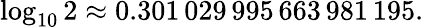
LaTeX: \log_{10}2\approx 0.301\, 029\, 995\, 663\, 981\, 195.